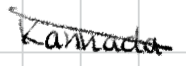
Text: Kannada
Cross-out: diagonal
Writing tool: digital_black